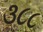
૩૮૮